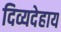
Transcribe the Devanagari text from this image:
दिव्यदेहाय